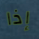
إذا